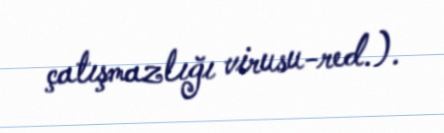
çatışmazlığı virusu-red.).